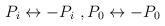
LaTeX: \begin{align*}P_i \leftrightarrow - P_i\ , P_0 \leftrightarrow -P_0\end{align*}